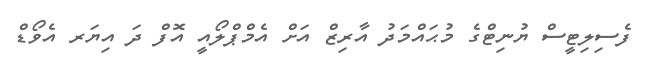
ފެސިލިޓީސް ޔުނިޓްގެ މުޙައްމަދު އާރިޒް އަށް އެމްޕްލޯއީ އޮފް ދަ އިޔަރ އެވޯޑް